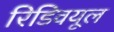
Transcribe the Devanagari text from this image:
रिडिवयूल